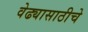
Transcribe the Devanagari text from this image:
वेढ्यासाठीचे